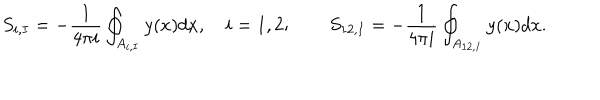
LaTeX: S _ { i , I } = - \frac { 1 } { 4 \pi i } \oint _ { A _ { i , I } } y ( x ) d x , \quad i = 1 , 2 ; \qquad S _ { 1 2 , I } = - \frac { 1 } { 4 \pi i } \oint _ { A _ { 1 2 , I } } y ( x ) d x .